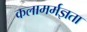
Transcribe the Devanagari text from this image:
कलामर्मज्ञता